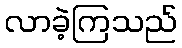
လာခဲ့ကြသည်